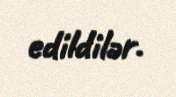
edildilər.